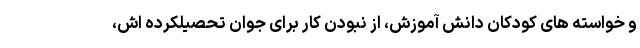
و خواسته های کودکان دانش آموزش، از نبودن کار برای جوان تحصیلکرده اش،